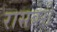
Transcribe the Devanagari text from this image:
रासबेरी